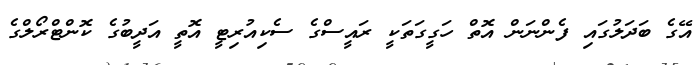
އޭގެ ބަދަލުގައި ފެންނަން އޮތް ހަގީގަތަކީ ރައީސްގެ ސެކިއުރިޓީ އޮތީ އަދީބުގެ ކޮންޓްރޯލްގެ